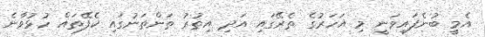
އެމީ ބުނެފައިވަނީ މި އަހަރުގެ ތެރޭގައި އަދި އިތުރު ތަންތަނުގައި ކެފޭތައް ހުޅުވާނެ